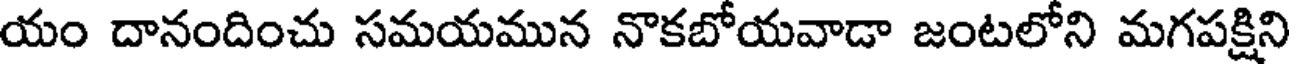
యం దానందించు సమయమున నొకబోయవాడా జంటలోని మగపక్షిని